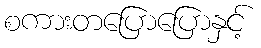
စကားတပြောပြောနှင့်